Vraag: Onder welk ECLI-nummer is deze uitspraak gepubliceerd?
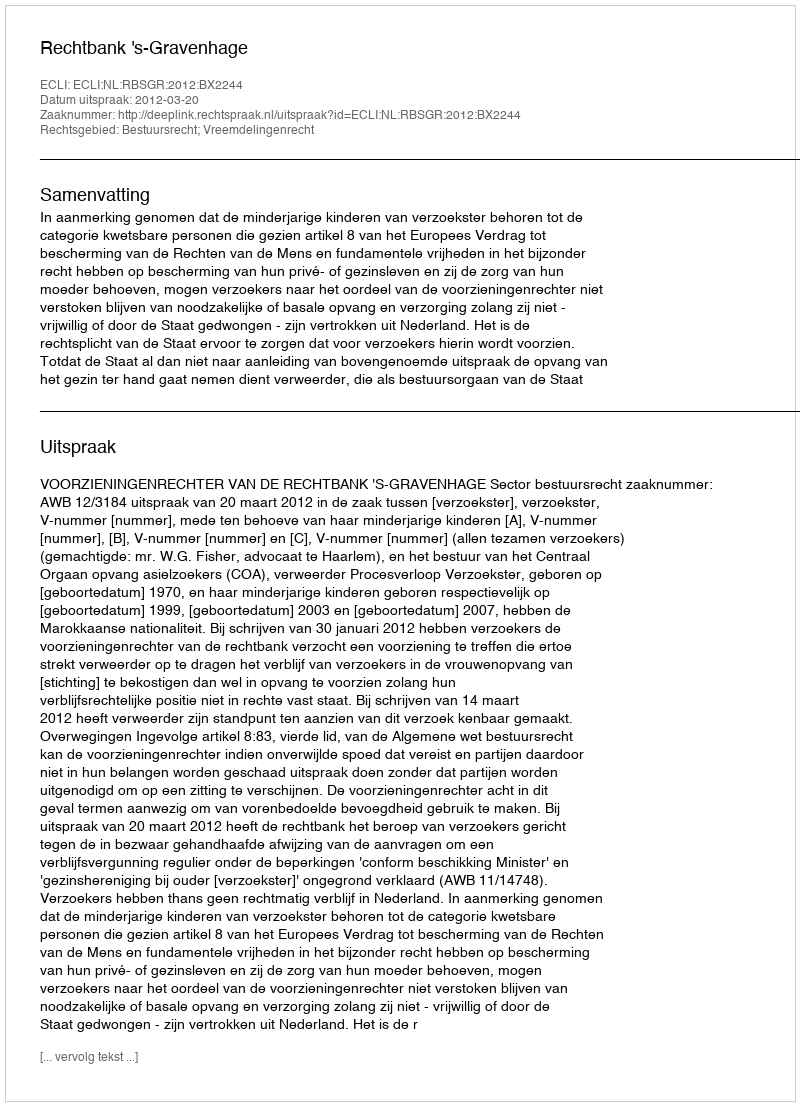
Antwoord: ECLI:NL:RBSGR:2012:BX2244